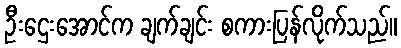
ဦးဌေးအောင်က ချက်ချင်း စကားပြန်လိုက်သည်။